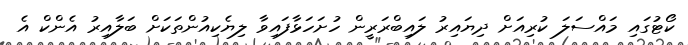
ކޯޓުގައި މައްސަލަ ކުރިއަށް ދިޔައިރު ލައިބްރަރީން ހުށަހަޅާފައިވާ ލިޔެކިއުންތަކަށް ބަލާއިރު އެންކް އެ